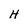
Character: H